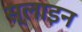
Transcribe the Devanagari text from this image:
स्लाइन